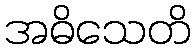
အဓိသေတိ